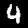
Label: 4